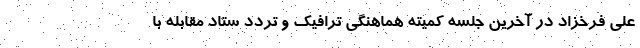
علی فرخزاد در آخرین جلسه کمیته هماهنگی ترافیک و تردد ستاد مقابله با